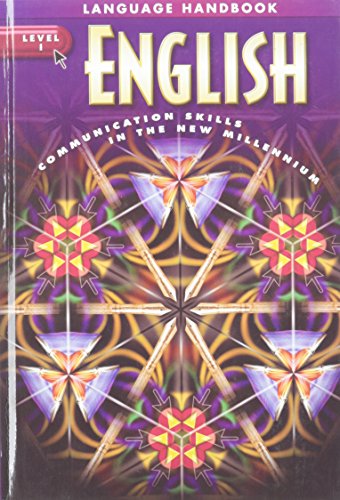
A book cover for English Language Handbook Level 1: Communication Skills in the New Millennium; J. A. Senn; Teen & Young Adult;